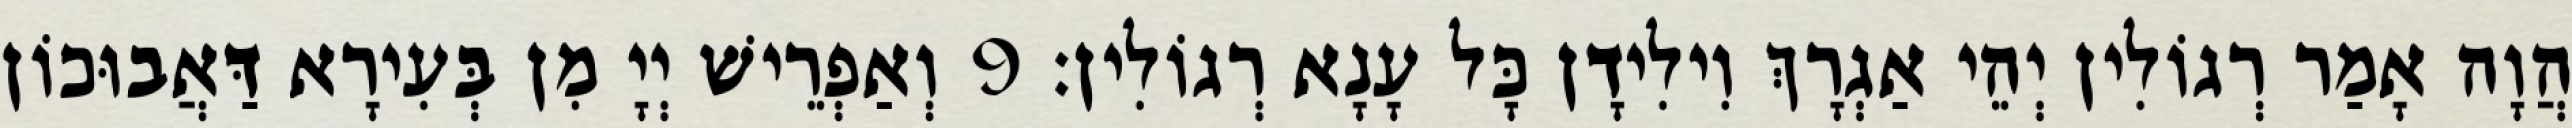
הֲוָה אָמַר רְגוֹלִין יְהֵי אַגְרָךְ וִילִידָן כָּל עָנָא רְגוֹלִין׃ 9 וְאַפְרֵישׁ יְיָ מִן בְּעִירָא דַּאֲבוּכוֹן